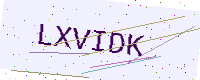
Text: LXVIDK